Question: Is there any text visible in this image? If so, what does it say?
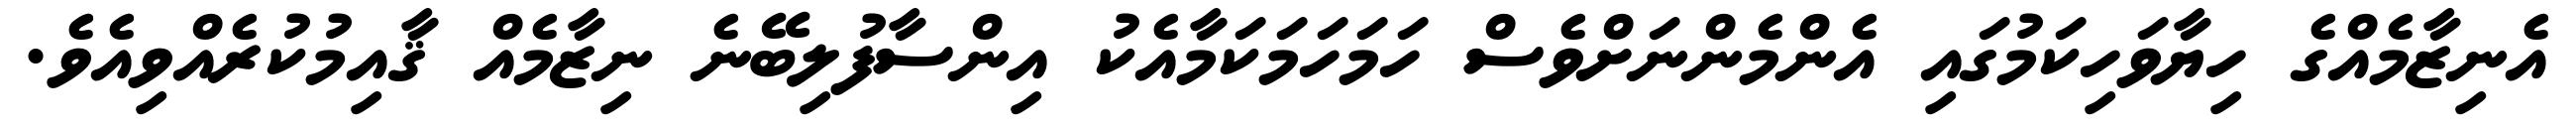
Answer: އެނިޒާމެއްގެ ހިޔާވަހިކަމުގައި އެންމެންނަށްވެސް ހަމަހަމަކަމާއެކު އިންސާފުލިބޭނެ ނިޒާމެއް ޤާއިމުކުރެއްވިއެވެ.